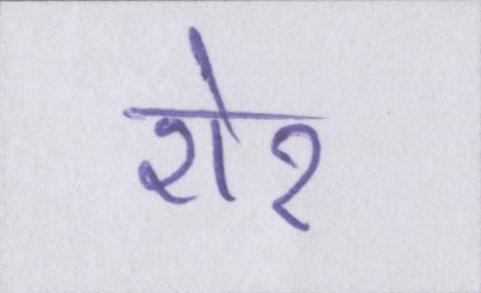
शेर